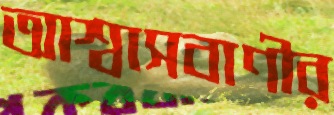
আশ্বাসবাণীর